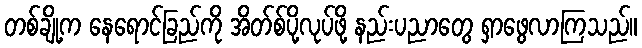
တစ်ချို့က နေရောင်ခြည်ကို အိတ်စ်ပို့လုပ်ဖို့ နည်းပညာတွေ ရှာဖွေလာကြသည်။